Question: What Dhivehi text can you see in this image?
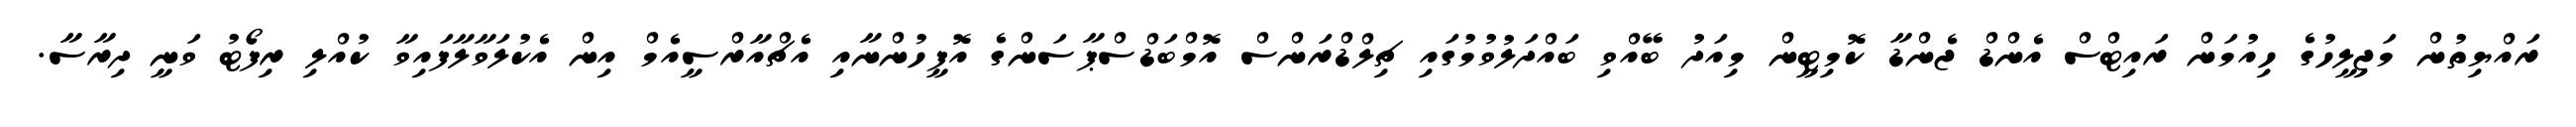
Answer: ރައްޔިތުން މަޖިލީހުގެ ހިއުމަން ރައިޓްސް އެންޑް ޖެންޑާ ކޮމިޓީން މިއަދު ބޭއްވި ބައްދަލުވުމުގައި ޗިލްޑްރަންސް އޮމްބަޑްސްޕާސަންގެ އޮފީހުންނާއި އެޗްއާރްސީއެމް އިން އެކުލަވާލާފައިވާ ކުއްލި ރިފޯޓު ވަނީ ދިރާސާ.